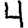
Digit: 4